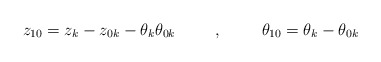
\begin{align*} z_{10}=z_{k}-z_{0k}-\theta_{k}\theta_{0k} \hspace{1cm} ,\hspace{1cm} \theta_{10}=\theta_{k}-\theta_{0k}\end{align*}